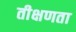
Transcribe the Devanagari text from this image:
तीक्षणता